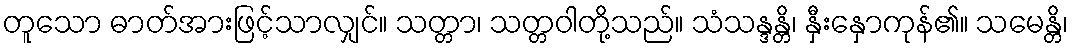
တူသော ဓာတ်အားဖြင့်သာလျှင်။ သတ္တာ၊ သတ္တဝါတို့သည်။ သံသန္ဒန္တိ၊ နှီးနှောကုန်၏။ သမေန္တိ၊